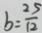
b = \frac { 2 5 } { 1 2 }